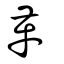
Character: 革